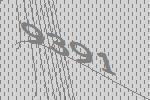
9391